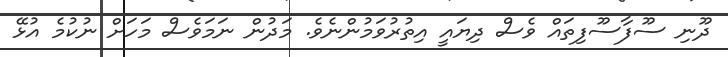
ދޫނި ސޫފާސޫފިތައް ވެސް ދިޔައީ އިތުރުވަމުންނެވެ. މަދުން ނަމަވެސް މަހަށް ނުކުމެ އުޅޭ